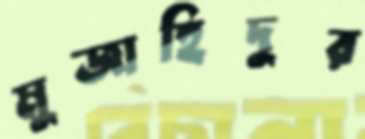
মুজাহিদুর